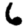
Digit: 6